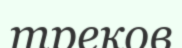
треков